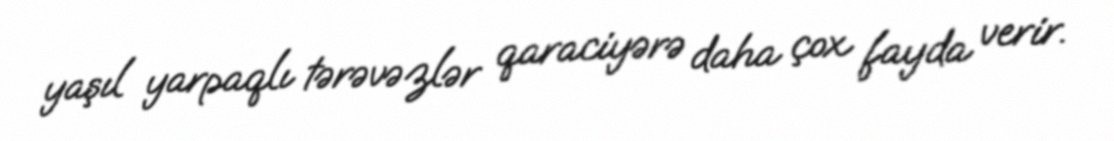
yaşıl yarpaqlı tərəvəzlər qaraciyərə daha çox fayda verir.